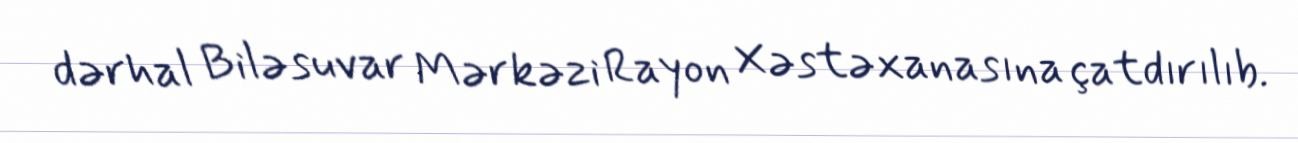
dərhal Biləsuvar Mərkəzi Rayon Xəstəxanasına çatdırılıb.